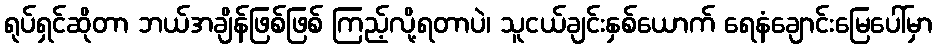
ရုပ်ရှင်ဆိုတာ ဘယ်အချိန်ဖြစ်ဖြစ် ကြည့်လို့ရတာပဲ၊ သူငယ်ချင်းနှစ်ယောက် ရေနံချောင်းမြေပေါ်မှာ